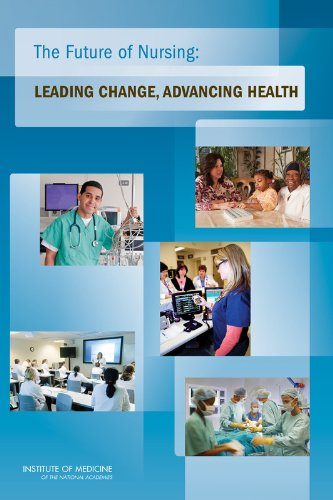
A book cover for The Future of Nursing:: Leading Change, Advancing Health; at the Institute of Medicine Committee on the Robert Wood Johnson Foundation Initiative on the
Future of Nursing; Medical Books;